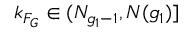
k _ { F _ { G } } \in ( N _ { g _ { 1 } - 1 } , N ( g _ { 1 } ) ]